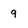
Character: 9